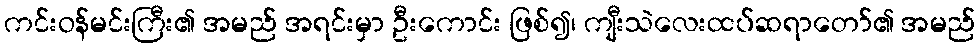
ကင်းဝန်မင်းကြီး၏ အမည် အရင်းမှာ ဦးကောင်း ဖြစ်၍၊ ကျီးသဲလေးထပ်ဆရာတော်၏ အမည်